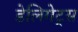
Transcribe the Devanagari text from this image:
डेलिगेट्स